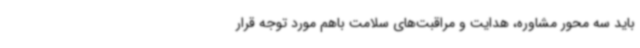
باید سه محور مشاوره، هدایت و مراقبت‌های سلامت باهم مورد توجه قرار